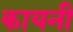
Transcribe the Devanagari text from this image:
कायनी